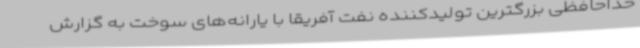
خداحافظی بزرگترین تولیدکننده نفت آفریقا با یارانه‌های سوخت به گزارش